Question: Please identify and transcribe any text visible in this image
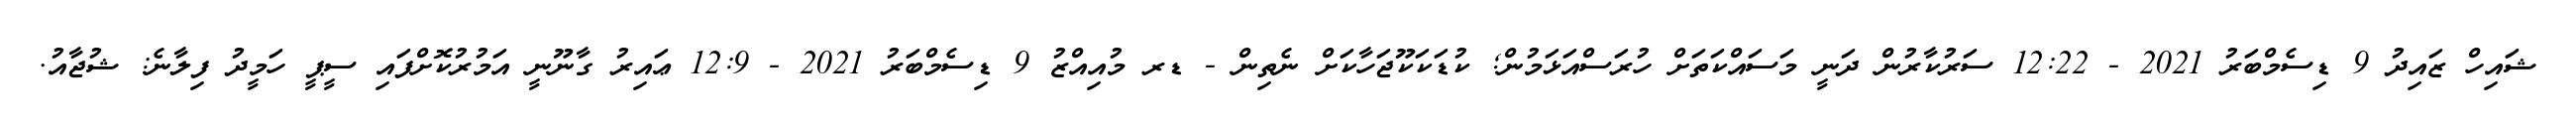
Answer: ޝައިހް ޒައިދު 9 ޑިސެމްބަރު 2021 - 12:22 ސަރުކާރުން ދަނީ މަސައްކަތަށް ހުރަސްއަޅަމުން; ކުޑަކަކޫޖަހާކަށް ނެތިން - ޑރ މުއިއްޒު 9 ޑިސެމްބަރު 2021 - 12:9 ޢައިރު ގާނޫނީ އަމުރުކޮށްފައި ސީޕީ ހަމީދު ފިލާނެ: ޝުޖާއު.